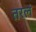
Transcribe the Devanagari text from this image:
तरलं